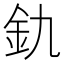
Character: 釚